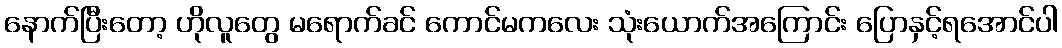
နောက်ပြီးတော့ ဟိုလူတွေ မရောက်ခင် ကောင်မကလေး သုံးယောက်အကြောင်း ပြောနှင့်ရအောင်ပါ